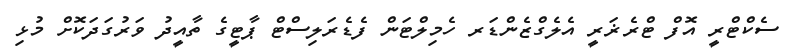
ސެކްޓްރީ އޮފް ޓްރެޜަރީ އެލެގްޒެންޑަރ ހެމިލްޓަން ފެޑެރަލިސްޓް ޕާޓީގެ ތާއީދު ވަރުގަދަކޮށް މުޅި